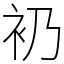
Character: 𧘌